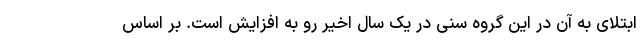
ابتلای به آن در این گروه سنی در یک سال اخیر رو به افزایش است. بر اساس